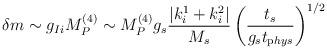
LaTeX: \begin{align*}\delta m \sim g_{Ii} M_P^{(4)} \sim M_P^{(4)} g_s \frac{\left|k^1_i +k^2_i\right|}{M_s} \left(\frac{t_s}{g_s t_{\mathrm phys}}\right)^{1/2}\end{align*}